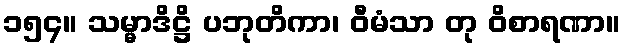
၁၅၄။ သမ္မာဒိဋ္ဌိ ပဘုတိကာ၊ ဝီမံသာ တု ဝိစာရဏာ။